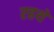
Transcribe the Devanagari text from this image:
रहथे